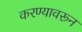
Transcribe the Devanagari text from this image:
करण्यावरून